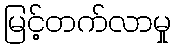
မြင့်တက်လာမှု